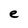
Character: e